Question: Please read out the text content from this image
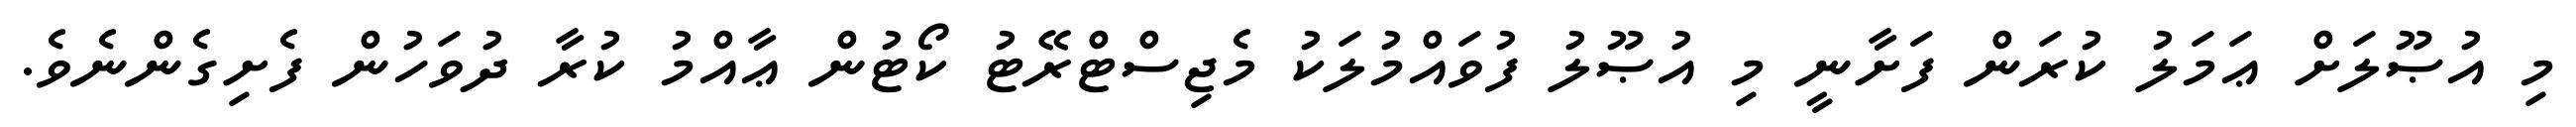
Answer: މި އުޞޫލަށް ޢަމަލު ކުރަން ފަށާނީ މި އުޞޫލު ފުވައްމުލަކު މެޖިސްޓްރޭޓު ކޯޓުން ޢާއްމު ކުރާ ދުވަހުން ފެށިގެންނެވެ.